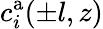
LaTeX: c_{i}^{\mathrm{a}}(\pm l,z)